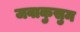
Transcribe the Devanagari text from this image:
जवाकुसुम